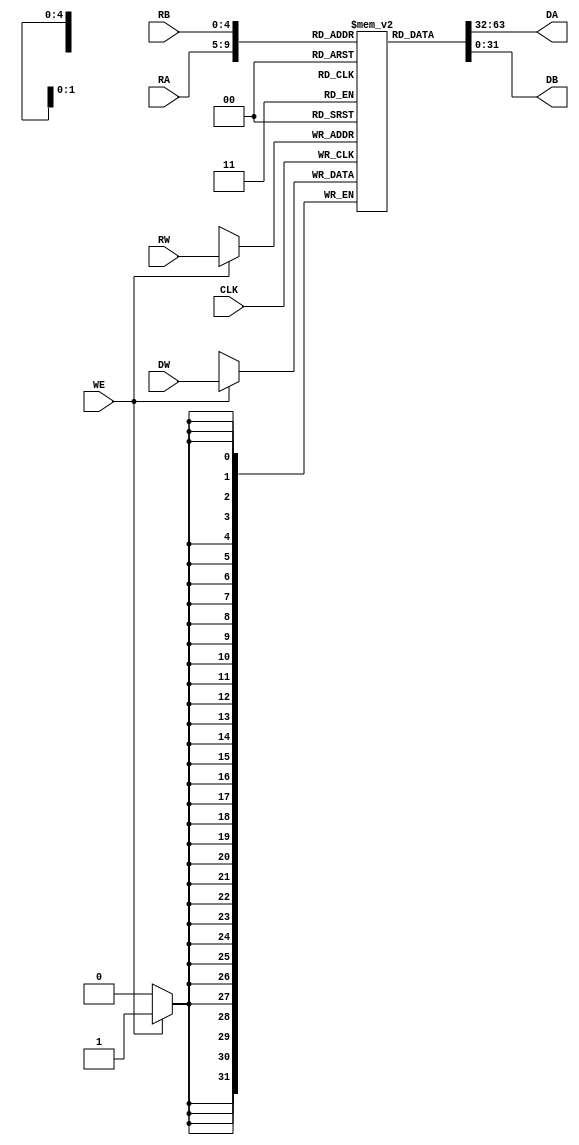
`timescale 1 ps / 1 ps

module DFFRF_2R1W #(

   parameter data_w = 32,
   parameter addr_w = 5,
   parameter USE_LATCH = 0

) (

`ifdef USE_POWER_PINS
   inout vccd1,	// User area 1 1.8V supply
   inout vssd1,	// User area 1 digital ground
`endif

   input                CLK,
   input  [addr_w-1:0]  RA,
   output [data_w-1:0]  DA,
   input  [addr_w-1:0]  RB,
   output [data_w-1:0]  DB,
   input                WE,
   input  [addr_w-1:0]  RW,
   input  [data_w-1:0]  DW
);

   reg    [data_w-1:0]  mem[2**addr_w-1:0];
   reg    [data_w-1:0]  DA_q;
   reg    [data_w-1:0]  DB_q;

   //wtf:icarus $dumpvars cannot dump a vpiMemory
   generate
       genvar j;
       for (j = 0; j < 2**addr_w; j=j+1) begin: ra
          wire [data_w-1:0] dat;
          assign dat = mem[j];
       end
   endgenerate

   initial begin: init
      integer i;
      for (i = 0; i < 2**addr_w; i = i + 1)
         mem[i] = 0;
   end

   always @(posedge CLK) begin
      DA_q <= mem[RA];
      DB_q <= mem[RB];
      if (WE) begin
         mem[RW] <= DW;
      end
   end

   assign DA = USE_LATCH ? DA_q : mem[RA];
   assign DB = USE_LATCH ? DB_q : mem[RB];

endmodule